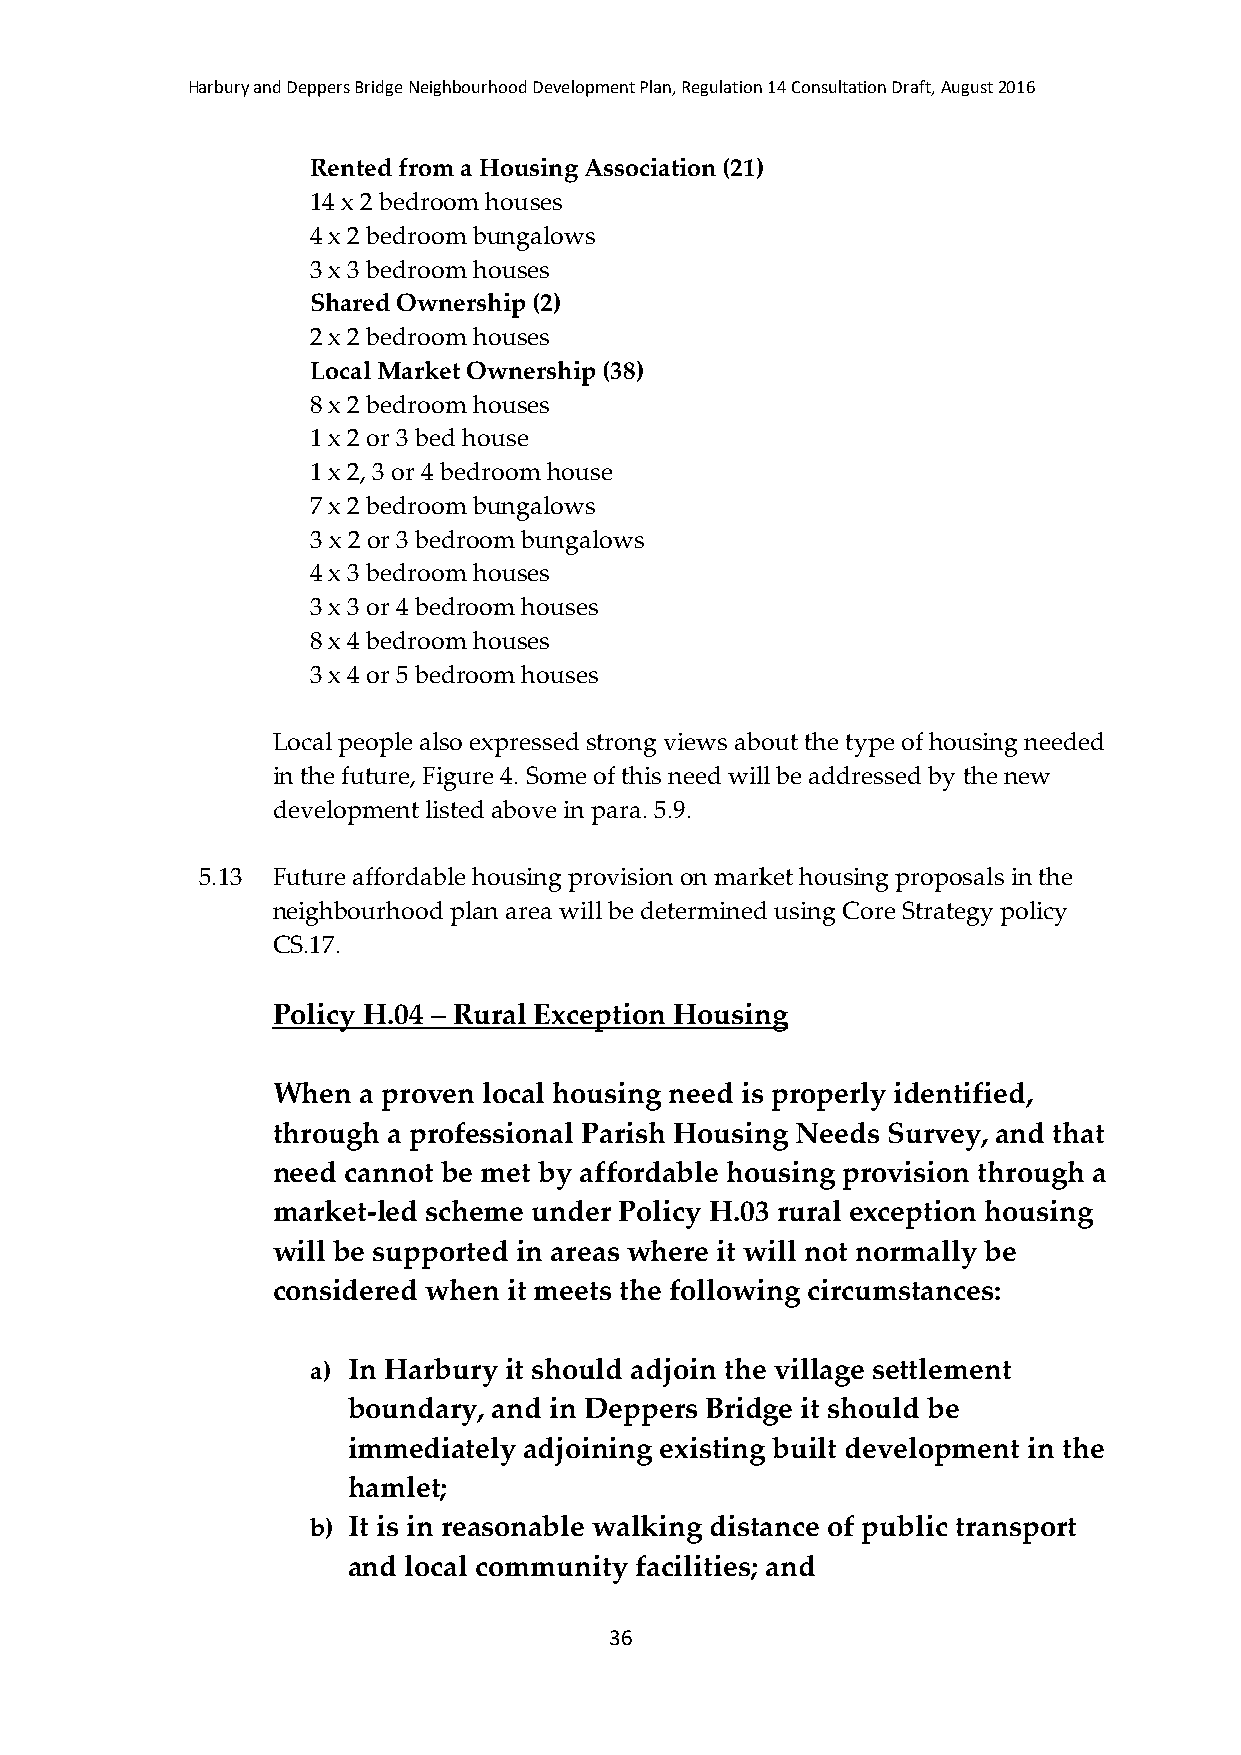
Harbury and Deppers Bridge Neighbourhood Development Plan, Regulation 14 Consultation Draft, August 2016
 Rented from a Housing Association (21)
 14 x 2 bedroom houses
 4 x 2 bedroom bungalows
 3 x 3 bedroom houses
 Shared Ownership (2)
 2 x 2 bedroom houses
 Local Market Ownership (38)
 8 x 2 bedroom houses
 1 x 2 or 3 bed house
 1 x 2, 3 or 4 bedroom house
 7 x 2 bedroom bungalows
 3 x 2 or 3 bedroom bungalows
 4 x 3 bedroom houses
 3 x 3 or 4 bedroom houses
 8 x 4 bedroom houses
 3 x 4 or 5 bedroom houses
 Local people also expressed strong views about the type of housing needed
 in the future, Figure 4. Some of this need will be addressed by the new
 development listed above in para. 5.9.
 5.13 Future affordable housing provision on market housing proposals in the
 neighbourhood plan area will be determined using Core Strategy policy
 CS.17.
 Policy H.04 – Rural Exception Housing
 When  a proven local housing need is properly identified,
 through a professional Parish Housing Needs Survey, and that
 need cannot be met by affordable housing provision through a
 market-led scheme under Policy H.03 rural exception housing
 will be supported in areas where it will not normally be
 considered when it meets the following circumstances:
 a) In Harbury it should adjoin the village settlement
 boundary, and in Deppers Bridge it should be
 immediately adjoining existing built development in the
 hamlet;
 b) It is in reasonable walking distance of public transport
 and local community facilities; and
 36